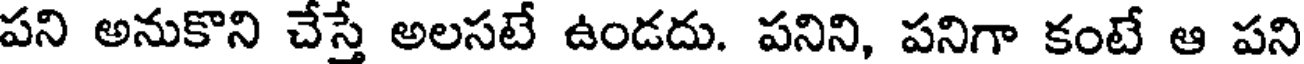
పని అనుకొని చేస్తే అలసటే ఉండదు. పనిని, పనిగా కంటే ఆ పని